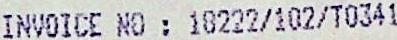
INVOICE NO : 18222/102/T0341